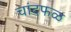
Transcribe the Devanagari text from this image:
चांदफळ